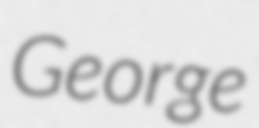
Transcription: George